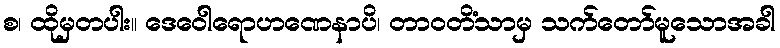
စ၊ ထိုမှတပါး။ ဒေဝေါရောဟဏေနာပိ၊ တာဝတိံသာမှ သက်တော်မူသောအခါ